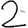
Digit: 2